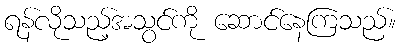
ရန်လိုသည့်အသွင်ကို ဆောင်နေကြသည်။